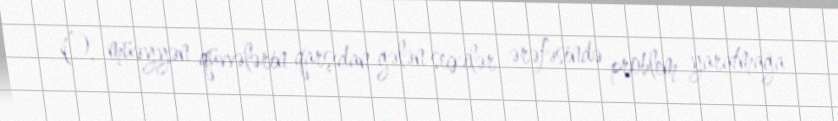
O, müəyyən qüvvələrin qarşıdan gələn seçkilər ərəfəsində problem yaratmağa